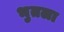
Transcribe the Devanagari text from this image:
भुतला